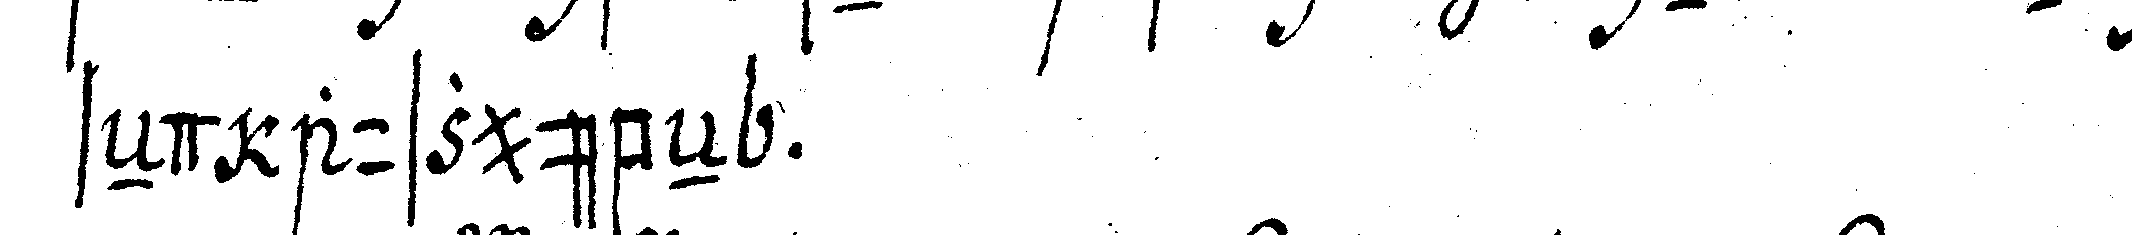
seNd auszuübeN .